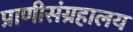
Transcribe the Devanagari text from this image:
प्राणीसंग्रहालय